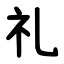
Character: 礼